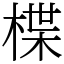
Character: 楪